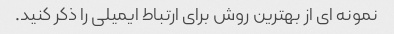
نمونه ای از بهترین روش برای ارتباط ایمیلی را ذکر کنید.